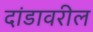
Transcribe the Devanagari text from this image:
दांडावरील